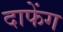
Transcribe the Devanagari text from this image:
दाफेंग